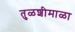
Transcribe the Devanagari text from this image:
तुळशीमाळा